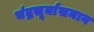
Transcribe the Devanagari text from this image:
चंद्रसूर्यासमान